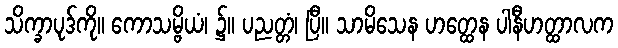
သိက္ခာပုဒ်ကို။ ကောသမ္ဗိယံ၊ ၌။ ပညတ္တံ၊ ပြီ။ သာမိသေန ဟတ္ထေန ပါနီဟတ္ထာလက